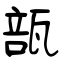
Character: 瓿